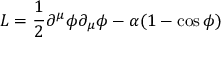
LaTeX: { \cal L } = \frac { 1 } { 2 } \partial ^ { \mu } \phi \partial _ { \mu } \phi - \alpha ( 1 - \cos \phi )